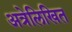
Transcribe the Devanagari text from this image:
अत्रेलिखित